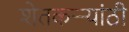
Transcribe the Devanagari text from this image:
शेतकऱ्र्‍यांठी